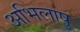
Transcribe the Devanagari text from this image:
अभिलाषु